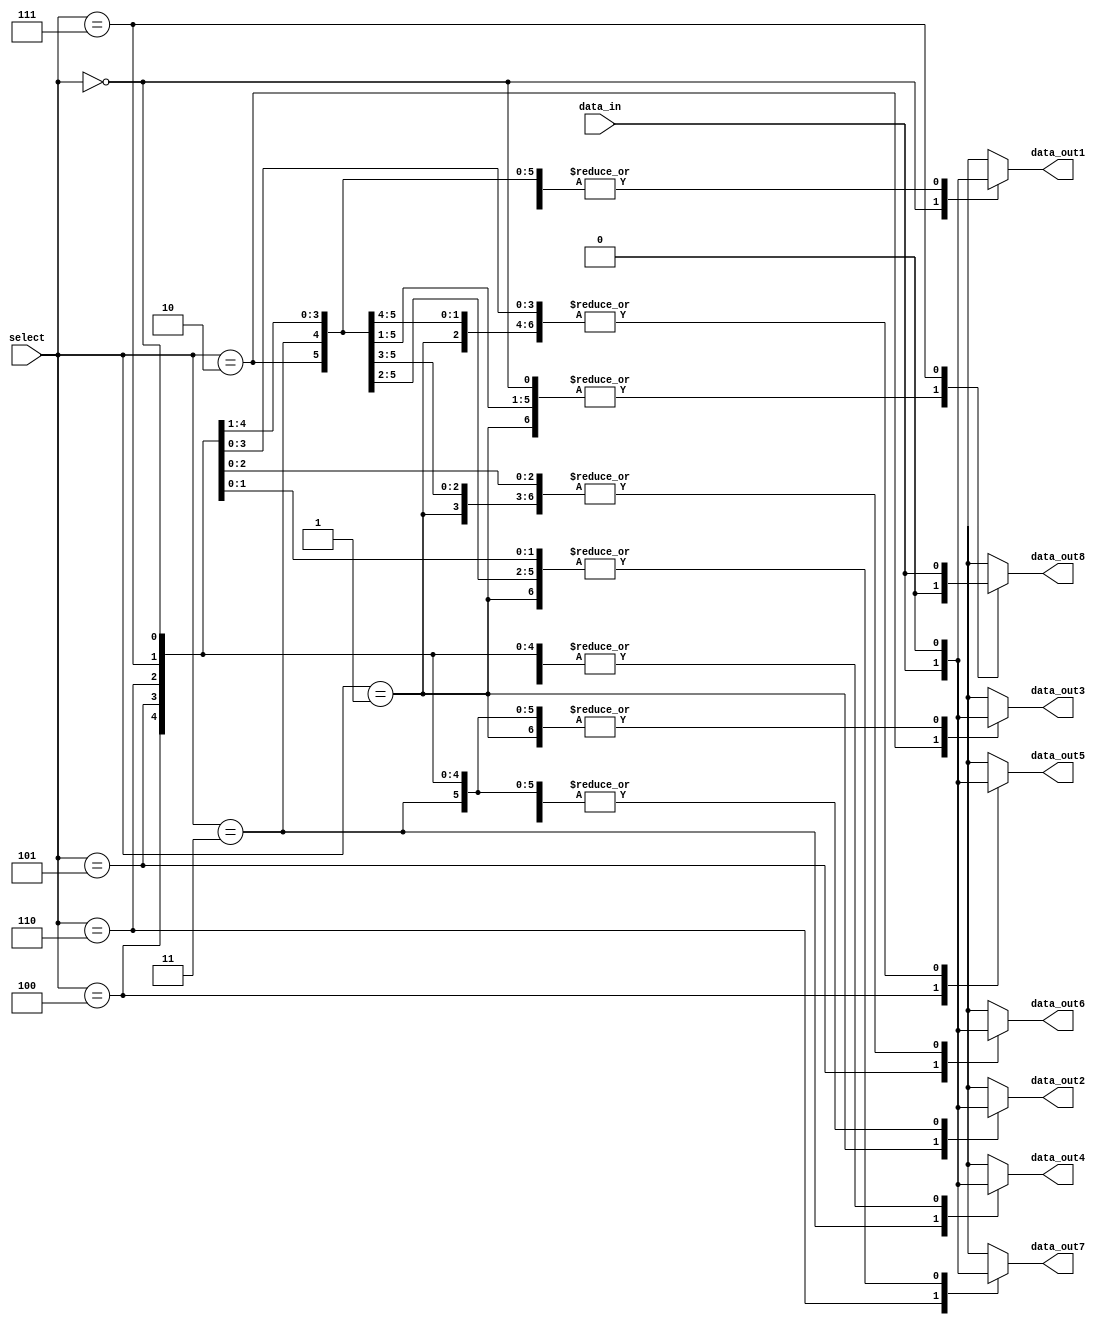
module demux_1to8 (
    input [2:0] select,
    input data_in,
    output reg data_out1,
    output reg data_out2,
    output reg data_out3,
    output reg data_out4,
    output reg data_out5,
    output reg data_out6,
    output reg data_out7,
    output reg data_out8
);

always @(*)
begin
    case(select)
        3'b000: begin
            data_out1 = data_in;
            data_out2 = 1'b0;
            data_out3 = 1'b0;
            data_out4 = 1'b0;
            data_out5 = 1'b0;
            data_out6 = 1'b0;
            data_out7 = 1'b0;
            data_out8 = 1'b0;
        end
        3'b001: begin
            data_out1 = 1'b0;
            data_out2 = data_in;
            data_out3 = 1'b0;
            data_out4 = 1'b0;
            data_out5 = 1'b0;
            data_out6 = 1'b0;
            data_out7 = 1'b0;
            data_out8 = 1'b0;
        end
        3'b010: begin
            data_out1 = 1'b0;
            data_out2 = 1'b0;
            data_out3 = data_in;
            data_out4 = 1'b0;
            data_out5 = 1'b0;
            data_out6 = 1'b0;
            data_out7 = 1'b0;
            data_out8 = 1'b0;
        end
        3'b011: begin
            data_out1 = 1'b0;
            data_out2 = 1'b0;
            data_out3 = 1'b0;
            data_out4 = data_in;
            data_out5 = 1'b0;
            data_out6 = 1'b0;
            data_out7 = 1'b0;
            data_out8 = 1'b0;
        end
        3'b100: begin
            data_out1 = 1'b0;
            data_out2 = 1'b0;
            data_out3 = 1'b0;
            data_out4 = 1'b0;
            data_out5 = data_in;
            data_out6 = 1'b0;
            data_out7 = 1'b0;
            data_out8 = 1'b0;
        end
        3'b101: begin
            data_out1 = 1'b0;
            data_out2 = 1'b0;
            data_out3 = 1'b0;
            data_out4 = 1'b0;
            data_out5 = 1'b0;
            data_out6 = data_in;
            data_out7 = 1'b0;
            data_out8 = 1'b0;
        end
        3'b110: begin
            data_out1 = 1'b0;
            data_out2 = 1'b0;
            data_out3 = 1'b0;
            data_out4 = 1'b0;
            data_out5 = 1'b0;
            data_out6 = 1'b0;
            data_out7 = data_in;
            data_out8 = 1'b0;
        end
        3'b111: begin
            data_out1 = 1'b0;
            data_out2 = 1'b0;
            data_out3 = 1'b0;
            data_out4 = 1'b0;
            data_out5 = 1'b0;
            data_out6 = 1'b0;
            data_out7 = 1'b0;
            data_out8 = data_in;
        end
    endcase
end

endmodule